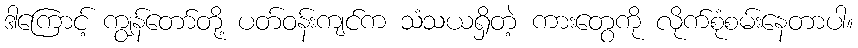
ဒါကြောင့် ကျွန်တော်တို့ ပတ်ဝန်းကျင်က သံသယရှိတဲ့ ကားတွေကို လိုက်စုံစမ်းနေတာပါ။